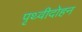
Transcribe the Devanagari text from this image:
पृथ्वीदोहन